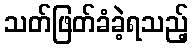
သတ်ဖြတ်ခံခဲ့ရသည့်